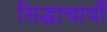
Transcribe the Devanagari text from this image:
सिद्धाचार्यों